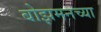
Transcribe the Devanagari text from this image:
बोझमनच्या